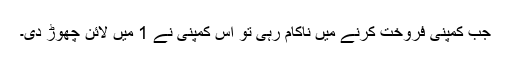
جب کمپنی فروخت کرنے میں ناکام رہی تو اس کمپنی نے 1 میں لائن چھوڑ دی۔